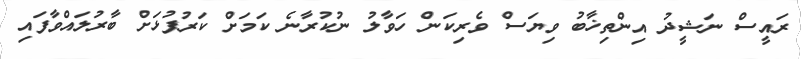
ރައީސް ނަޝީދު އިންތިޚާބު ވިޔަސް ވެރިކަން ހަވާލު ނުކުރާނެ ކަމަށް ކަރުފުޅަށް ބާރުލައްވާފައި